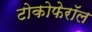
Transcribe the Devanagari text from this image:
टोकोफेरॉल